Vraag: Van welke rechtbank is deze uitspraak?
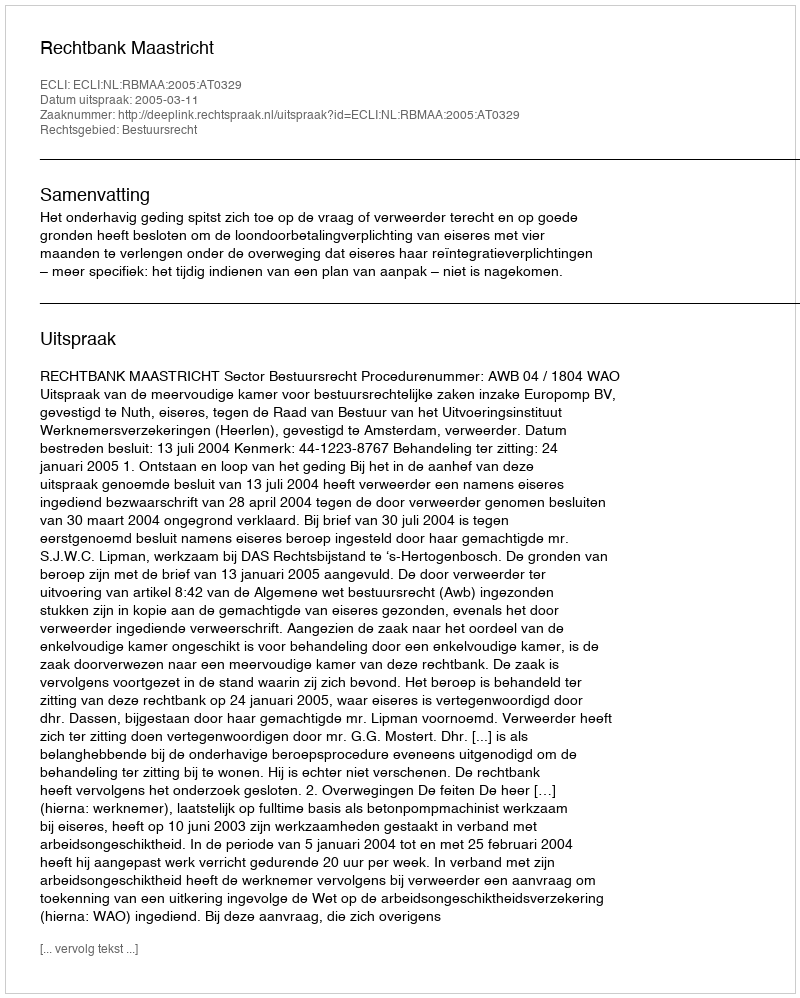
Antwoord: Rechtbank Maastricht